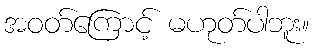
အဝတ်ကြောင့် မဟုတ်ပါဘူး။